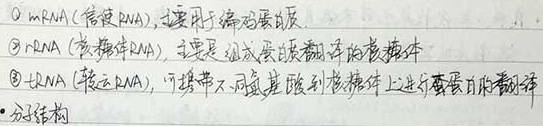
\textcircled{1} mRNA (信使 RNA)，适用于编码蛋白质。
\textcircled{2} rRNA (核糖体 RNA)，主要是组成蛋白质翻译的核糖体。
\textcircled{3} tRNA (转运 RNA)，可携带不同氨基酸到核糖体上进行蛋白质的翻译。
*分子结构